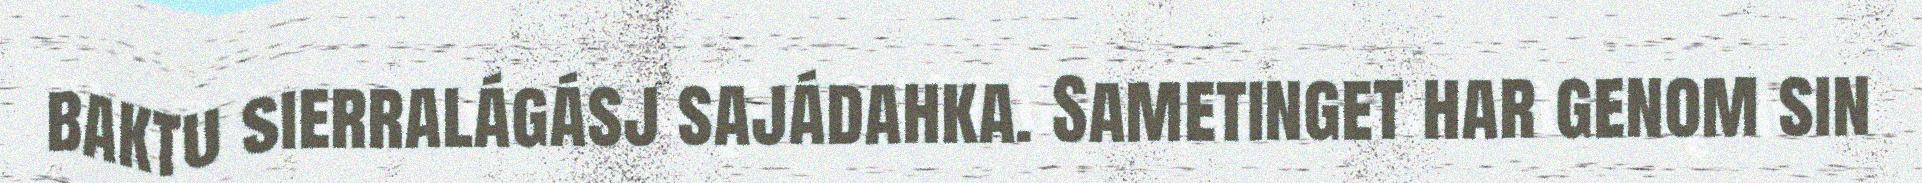
baktu sierralágásj sajádahka. Sametinget har genom sin